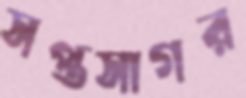
সপ্তসাগর